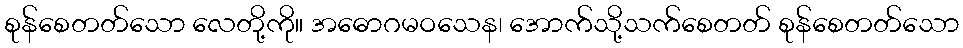
စုန်စေတတ်သော လေတို့ကို။ အဓောဂမဝသေန၊ အောက်သို့သက်စေတတ် စုန်စေတတ်သော